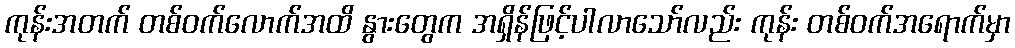
ကုန်းအတက် တစ်ဝက်လောက်အထိ နွားတွေက အရှိန်ဖြင့်ပါလာသော်လည်း ကုန်း တစ်ဝက်အရောက်မှာ